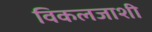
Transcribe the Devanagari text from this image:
विकलजाशी